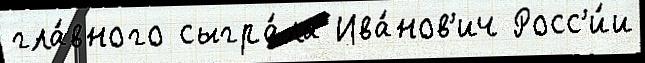
гла́вного сыгра́ла Ива́нов'ич Росс'и́и